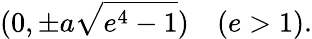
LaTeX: (0,\pm a{\sqrt{e^{4}-1}})\quad(e>1).